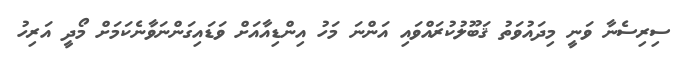
ސިރިސެނާ ވަނީ މިދައުވަތު ޤަބޫލުކުރައްވައި އަންނަ މަހު އިންޑިއާއަށް ވަޑައިގަންނަވާނެކަމަށް މޯދީ އަރިހު